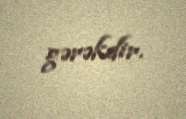
gərəkdir.